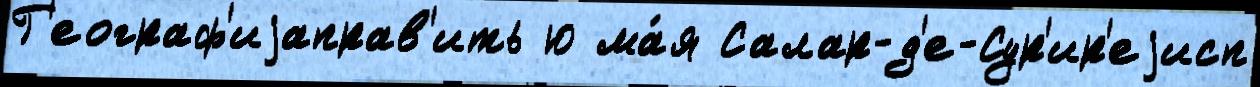
Г'еограф'иjаправ'ить ю ма́я Салар-д'е-Сур'ир'еjисп